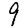
Digit: 9